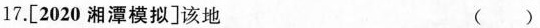
17.[2020湘潭模拟]该地 ( )